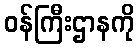
ဝန်ကြီးဌာနကို